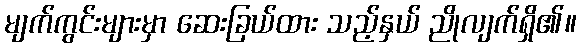
မျက်ကွင်းများမှာ ဆေးခြယ်ထား သည့်နှယ် ညိုလျက်ရှိ၏။